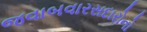
જવાબવારસદારોનો